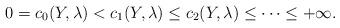
LaTeX: \begin{align*}0 = c_0(Y,\lambda) < c_1(Y,\lambda) \le c_2(Y,\lambda) \le \cdots \le +\infty.\end{align*}